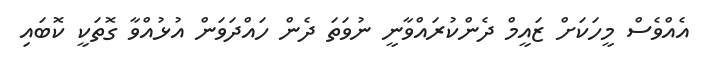
އެއްވެސް މީހަކަށް ޒައީމް ދެންކުރައްވާނީ ނުވަތަ ދެން ހައްދަވަން އުޅުއްވާ ގޮތަކީ ކޮބައި